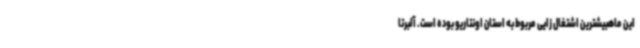
این ماهبیشترین اشتغال زایی مربوط به استان اونتاریو بوده است. آلبرتا